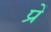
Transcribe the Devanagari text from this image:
प्रें